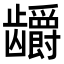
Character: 𬺖